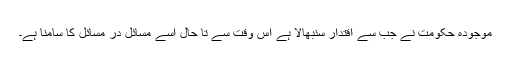
موجودہ حکومت نے جب سے اقتدار سنبھالا ہے اس وقت سے تا حال اسے مسائل در مسائل کا سامنا ہے۔